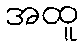
အထူ